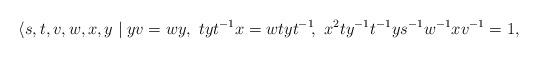
LaTeX: \begin{align*}\langle{s,t,v,w,x,y}\mid{yv=wy}, ~tyt^{-1}x=wtyt^{-1}\!,~x^2ty^{-1}t^{-1}ys^{-1}w^{-1}xv^{-1}=1,\end{align*}